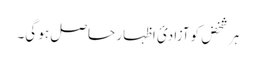
ہر شخض کو آزادئ اظہار حاصل ہو گی۔